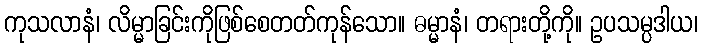
ကုသလာနံ၊ လိမ္မာခြင်းကိုဖြစ်စေတတ်ကုန်သော။ ဓမ္မာနံ၊ တရားတို့ကို။ ဥပသမ္ပဒါယ၊